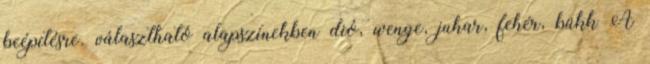
beépítésre. választható alapszínekben dió, wenge, juhar, fehér, bükk A